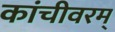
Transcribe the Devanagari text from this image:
कांचीवरम्